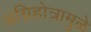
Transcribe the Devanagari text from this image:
अग्निहोत्रामुळे